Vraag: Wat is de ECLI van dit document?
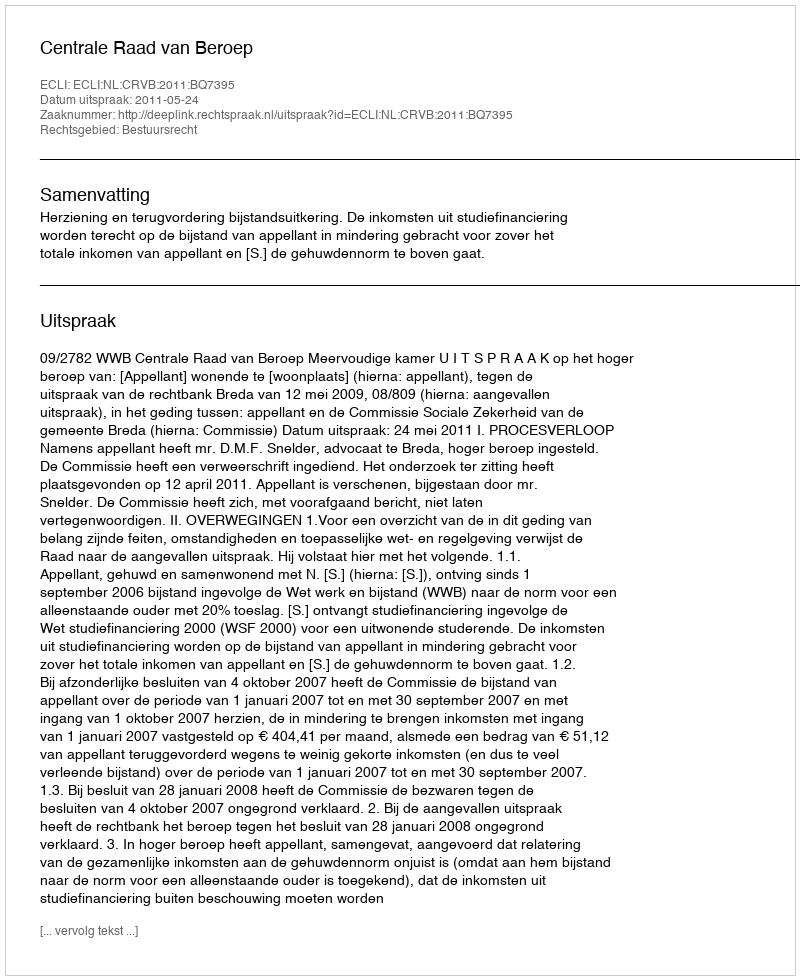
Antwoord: ECLI:NL:CRVB:2011:BQ7395